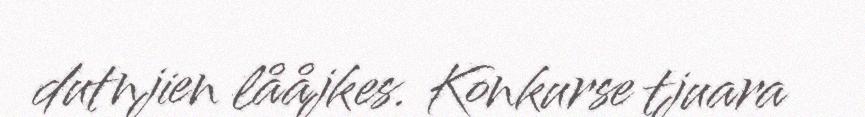
dutnjien lååjkes. Konkurse tjuara